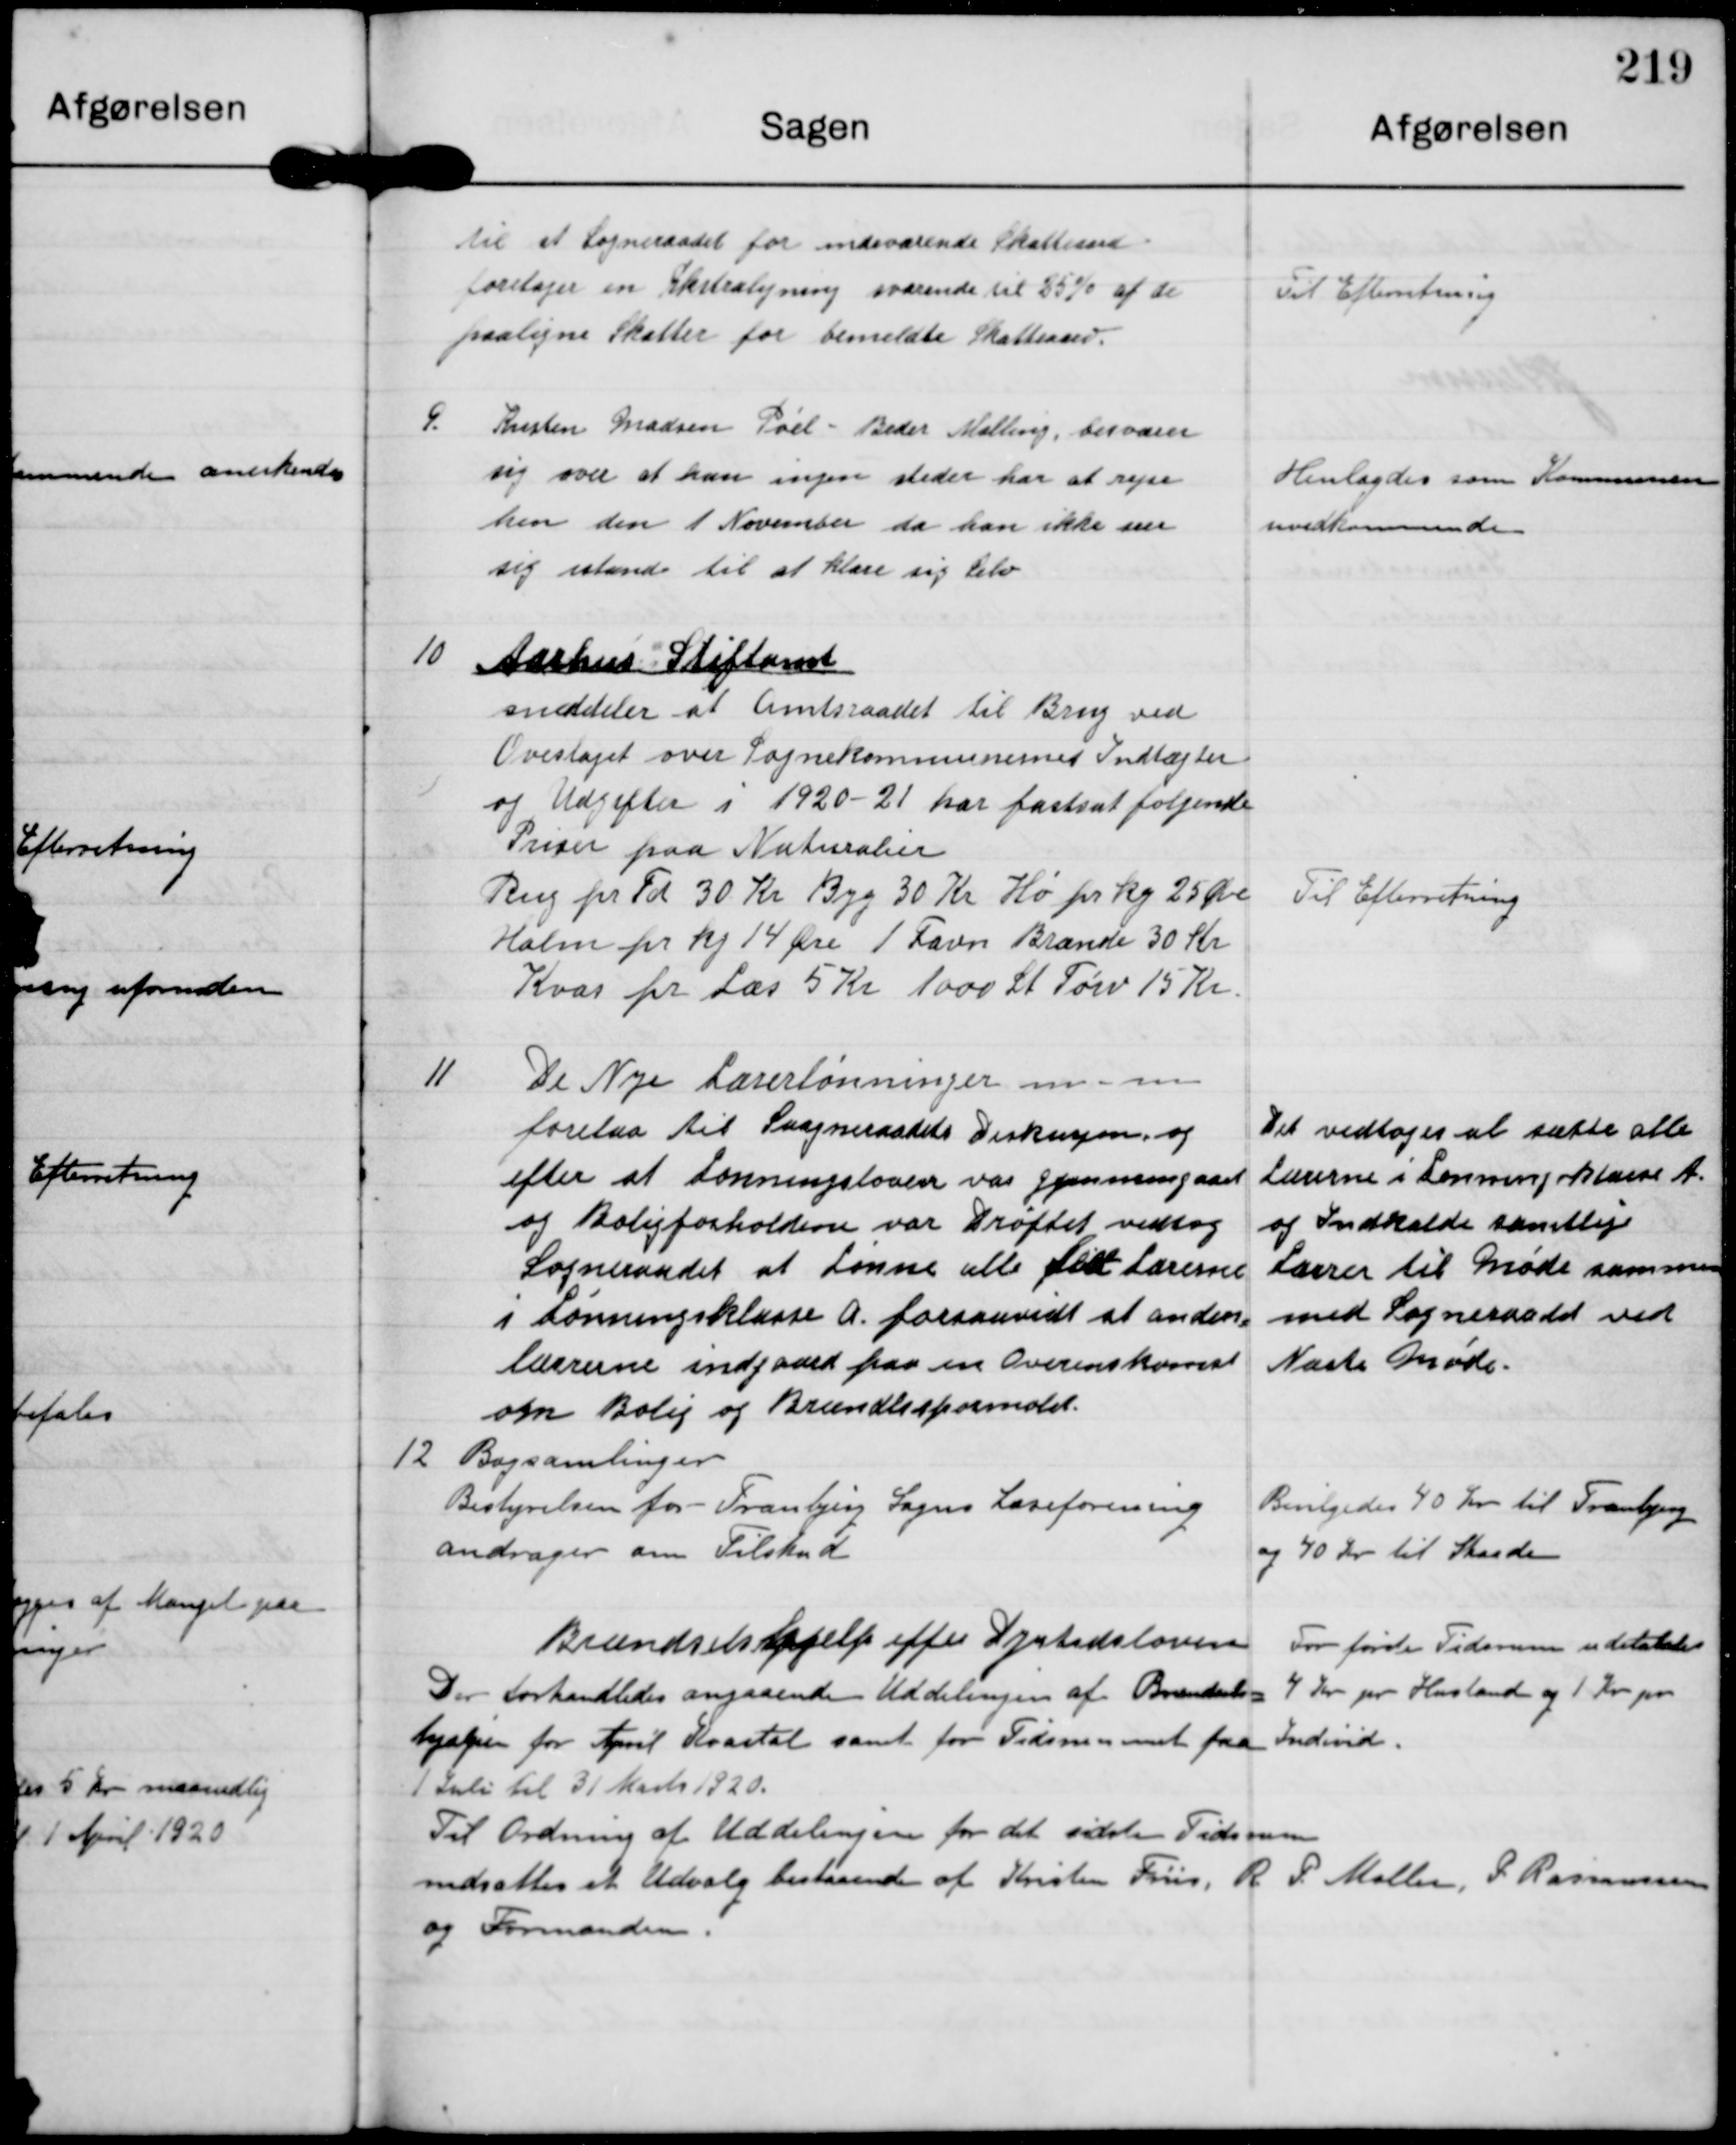
Transskription:
til at Sogneraadet for indeværende Skatteaar
foretager en Ekstraligning svarende til 85% af de
paaligne Skatter for bemeldte Skatteaar

Til Efterretning

9.

Kristen Madsen Pøel - Beder Malling besværer
sig over at han ingen steder har at rejse
hen den 1 November, da han ikke ser
sig istand til at klare sig Selv

Henlagdes som Kommune
uvedkommende

10

Aarhus Stiftamt
meddeler at Amtsraadet til Brug ved
Overslaget over Sognekommunernes Indtægter
og Udgifter i 1920-21 har fastsat følgende
Priser paa Naturalier
Rug pr Td 30 Kr Byg 30 Kr Hø pr kg 25 Øre
Halm pr kg 14 Øre 1 Favn Brænde 30 Kr
Kvas pr Læs 5 Kr 1000 St Tørv 15 Kr

Til Efterretning

11

De Nye Lærerlønninger m. m
forelaa til Sogneraadets Diskusjon og
efter at Lønningsloven var gjennemgaaet
og Boligforholdene var Drøftet vedtog
Sogneraadet at Lønne alle felt Lærerne
i Lønningsklasse A forsaavidt at anden
lærrerne indgaard paa en Overenskomst
om Bolig og Brændlesspørsmalet

Det vedtoges at sætte alle
Lærerne i Lønningsklasse A
og Indkalde samtlige
Lærrer til Møde sammen
med Sogneraadet ved
Næste Møde.

12

Bogsamlinger
Bestyrelsen for Tranbjerg Sogns Læreforening
andrager om Tilskud

Bevilgedes 40 Kr til Tranbjerg
og 40 Kr til Skaade

Brændselshjælp efter Dyrtidsloven
Der forhandledes angaaende Uddelingen af Brændsels-
hjælp for April Kvartal samt for Tidsrummet fra
1 Juli til 31 Marts 1920

For første Tidsrum uddeles
4 kr pr. Hustand og 1 Kr pr
Individ

Til Ordning af Uddelingen for det sidste Tidsrum
nedsattes et Udvalg bestaaende af Kristen Friis, R P Møller, P Rasmussen
og Formanden